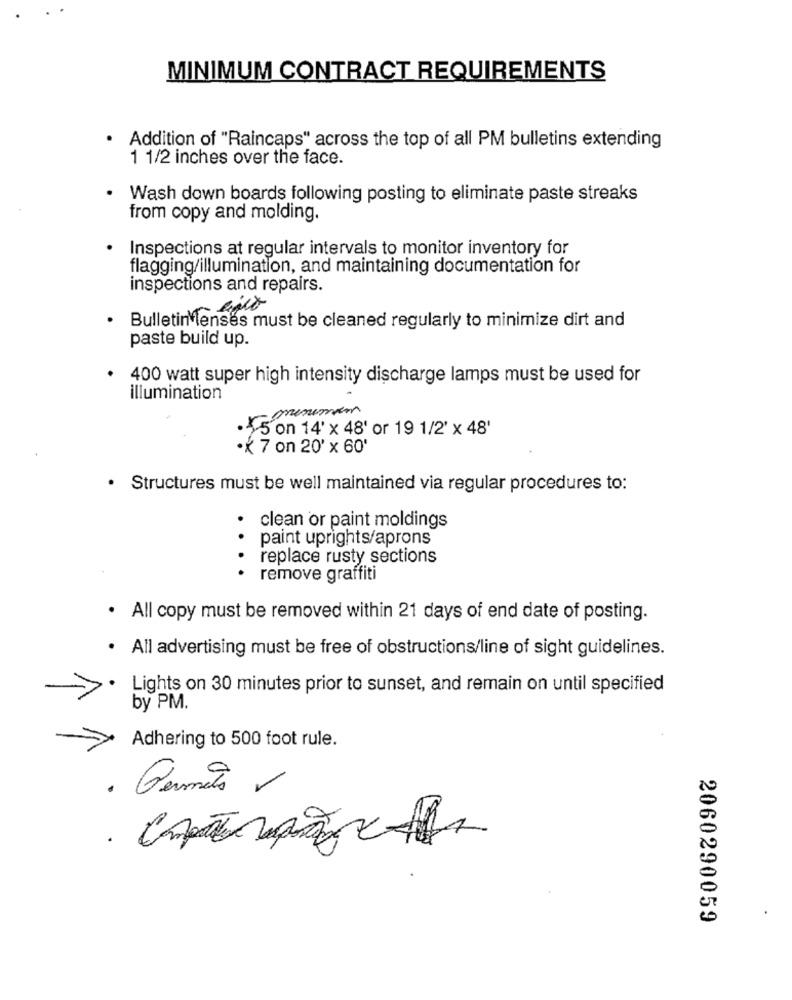
MINIMUM CONTRACT REQUIREMENTS
Addition of "Raincaps" across the top of all PM bulletins extending
1 1/2 inches over the face.
Wash down boards following posting to eliminate paste streaks
from copy and molding.
Inspections at regular intervals to monitor inventory for
flagging/illumination, and maintaining documentation for
inspections and repairs.
Bulletin lenses must be cleaned regularly to minimize dirt and
paste build up.
· 400 watt super high intensity discharge lamps must be used for
illumination
menemen
· 5 on 14' × 48' or 19 1/2' x 48'
·x 7 on 20' x 60'
· Structures must be well maintained via regular procedures to:
clean or paint moldings
paint uprights/aprons
replace rusty sections
.. . .
remove graffiti
· All copy must be removed within 21 days of end date of posting.
· All advertising must be free of obstructions/line of sight guidelines.
Lights on 30 minutes prior to sunset, and remain on until specified
by PM.
Adhering to 500 foot rule.
. Permets 1
2060290059